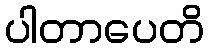
ပါတာပေတိ